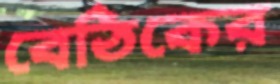
বেঠিকের